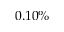
0 . 1 0 \%